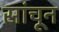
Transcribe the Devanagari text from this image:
सांचून